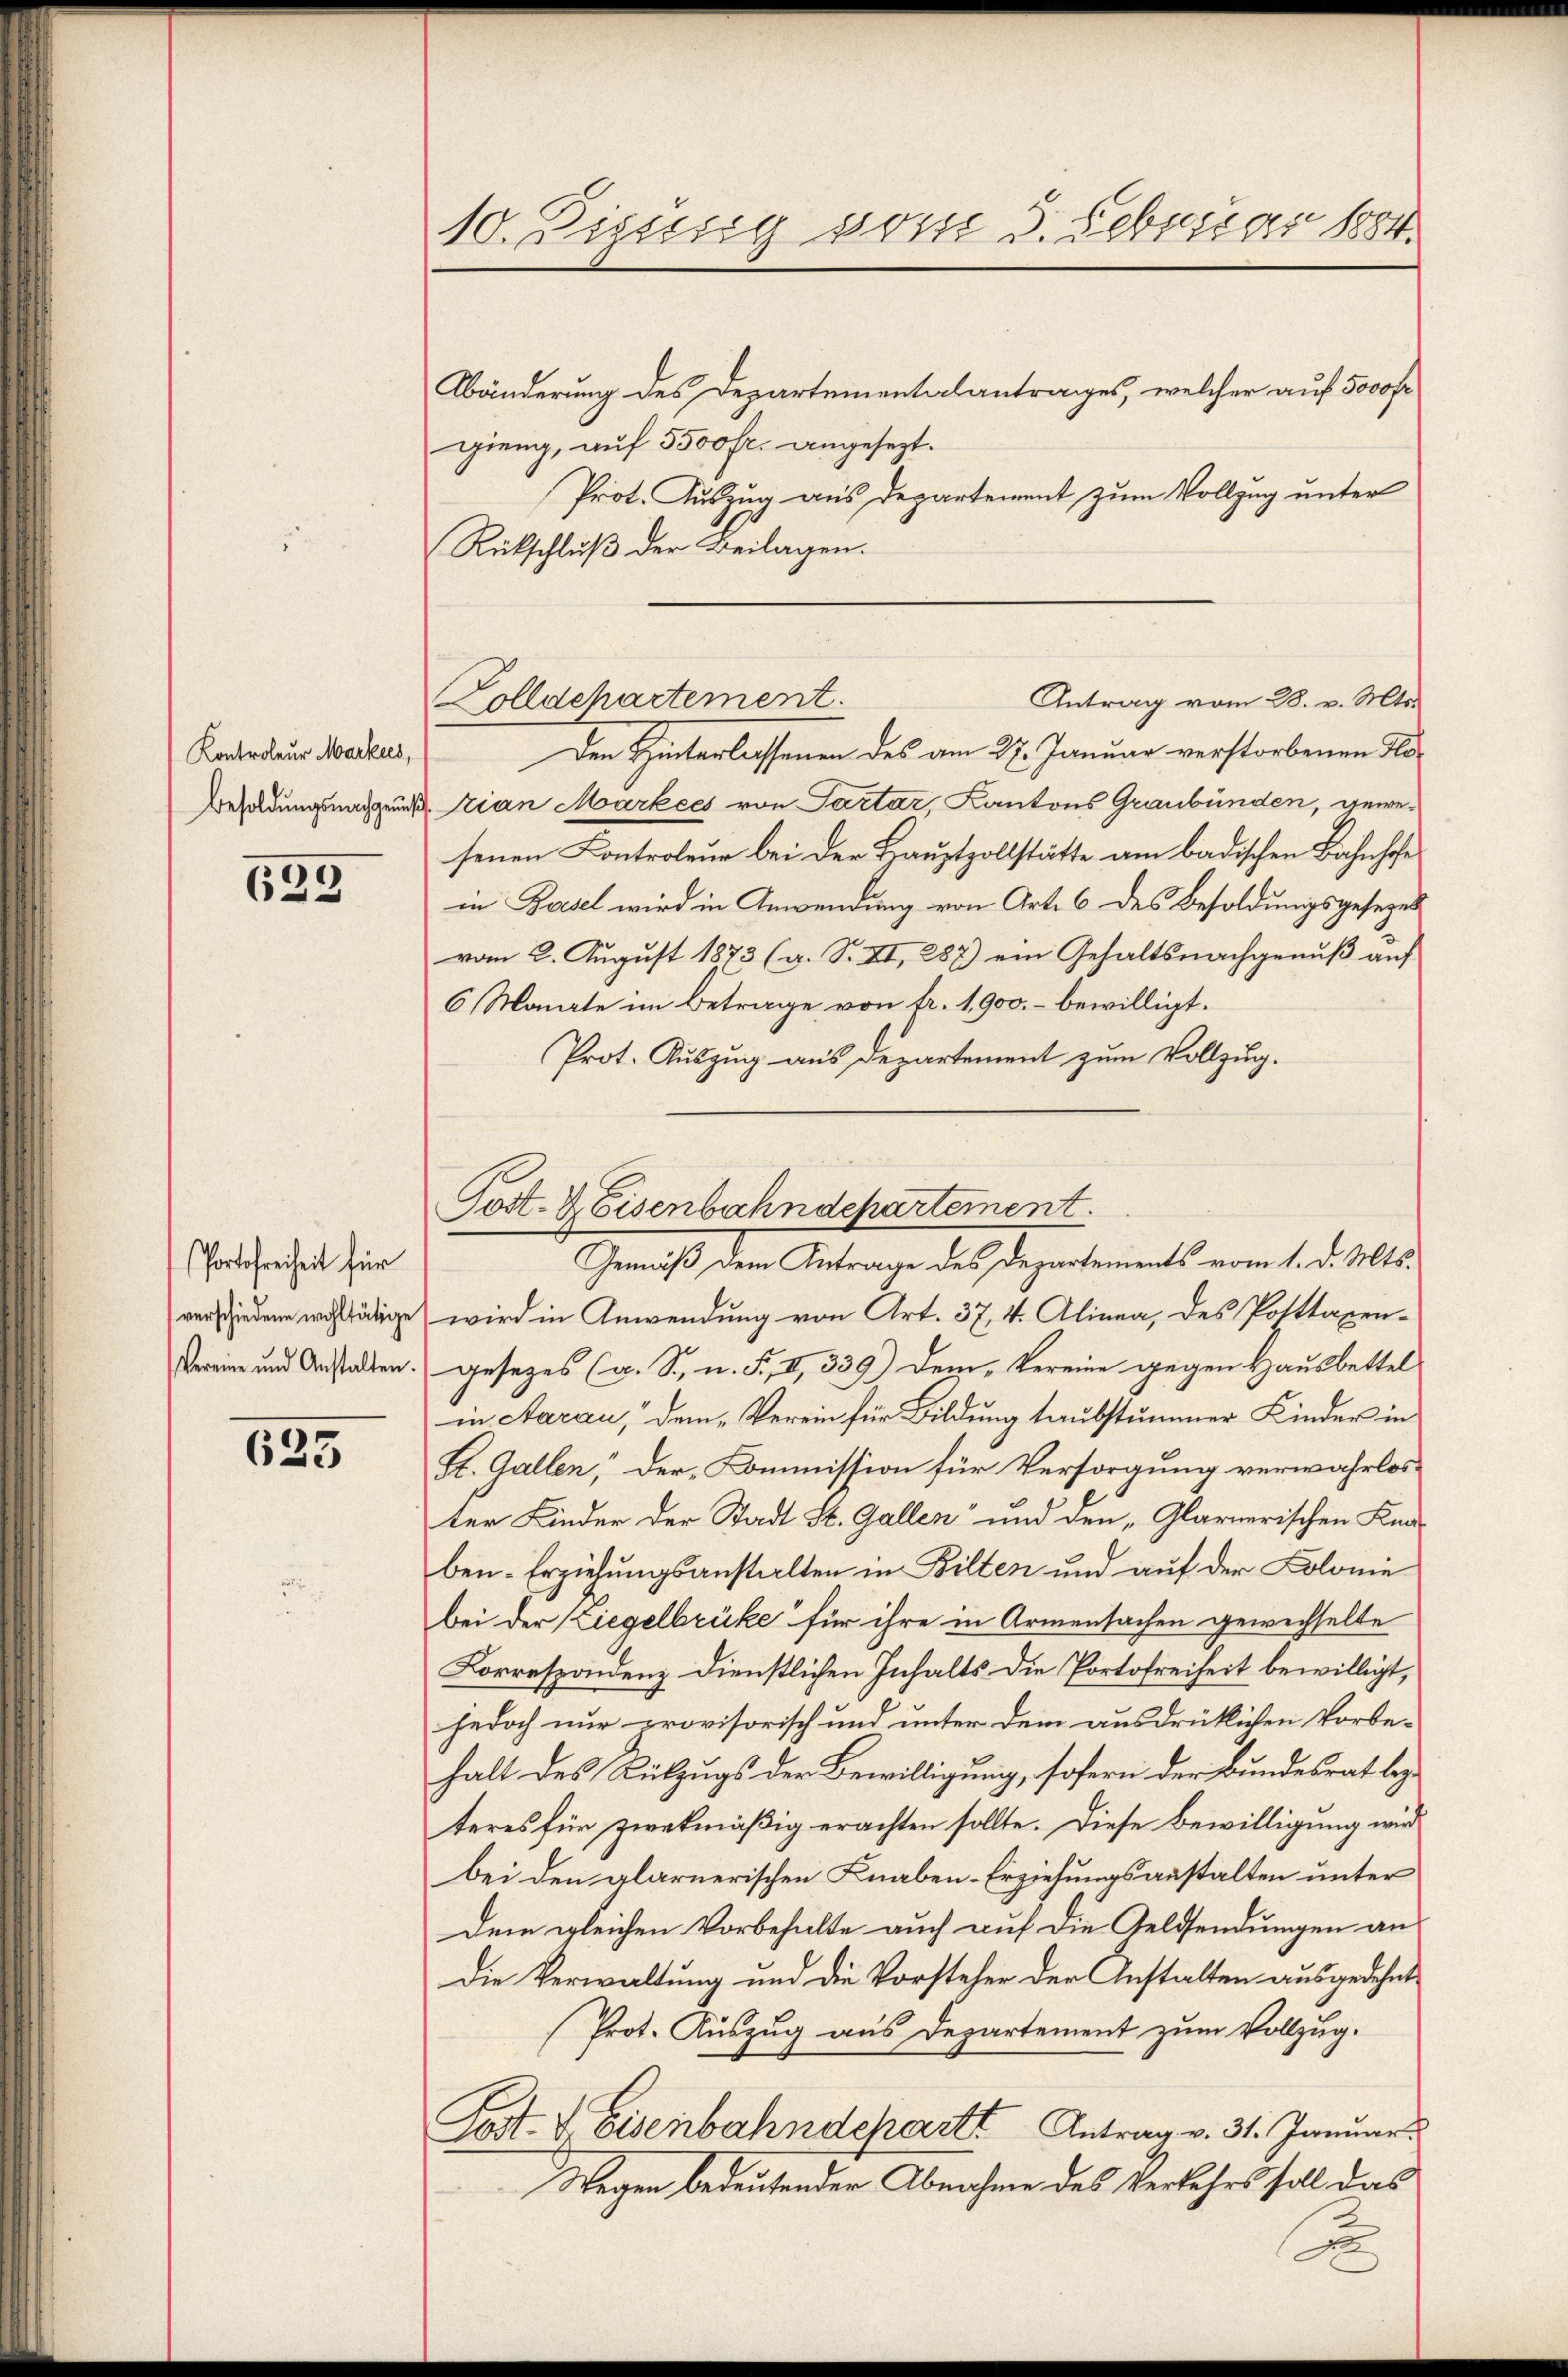
Kontroleur Markees,
Besoldungsnachgenuß

635

Portofreiheit für

623

10. Diesig vom 3. Februar 1884.

Gemäß dem Antrage des Departements vom 1. d. Mts.
verschiedene wohltätige wird in Anwendung von Art. 37, 4. Alinea, des Posttaxen-
Bereine und Anstalten. Gesetzes (s. S., n. F. II, 339) Dem „Vereine gegen Hausbettel
in Aarau, dem „Verein für Bildung taubstummer Kinder in
St. Gallen, der „Kommission für Versorgung verwahrlos.
ter Kinder der Stadt St. Gallen“ und den „Glarnerischen Knaben-Erziehungsanstalten in Bilten und auf der Kolonie
bei der Ziegelbrüke für ihre in Armensachen gewechselte
Korrespondenz dienstlichen Inhalts die Portofreiheit bewilligt,
jedoch nur provisorisch und unter dem ausdrüklichen Vorbe-
halt des Rükzugs der Bewilligung, sofern der Bundesrat beyteres für zwekmäßig erachten sollte. Diese Bewilligung wird
bei den glarnerischen Knaben-Erziehungsanstalten unter
Dem gleichen Vorbehalte auch auf die Geldsendungen an
Die Verwaltung und die Vorsteher der Anstalten ausgedehnt
Prot. Auszug aus Departement zum Vollzug.
Post. I. Eisenbahndeparte Antrag v. 31. Januar
Wegen bedeutender Abnahme des Verkehrs soll das

Bänderung des Departementalantrages, welcher auf 5000 fr
gieng, auf 3500 fr. angesezt.
Prot. Auszug aus Departement zum Vollzug unter
Rückschluß der Beilagen.
Den Hinterlassenen des am 27. Januar verstorbenen To¬
Kian Markees von Partar, Kantons Graubünden, gewesenen Controleur bei der Hauptzollstätte am badischen Bahnhofe
in Basel wird in Anwendung von Art. 6 des Besoldungsgesezes
vom 2. August 1873 (s. S. VI, 287) ein Gehaltsnachgenuß auf
6 Monate im Betrage von fr. 1,900.- bewilligt.
Prot. Auszug aus Departement zum Vollzug.

Antrag vom 28. v. Mts.
Golldepartement.

Post- & Eisenbahndepartement